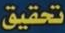
تحقيق